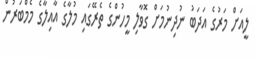
ލީއަށް މަރުގެ އަދަބު ނުދިނުމަށް ގޮވާލި މީހުންގެ ތެރޭގައި މުލާގެ އާއިލާގެ މެމްބަރުން